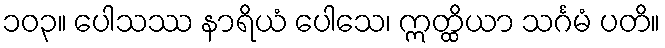
၁၀၃။ ပေါသဿ နာရိယံ ပေါသေ၊ ဣတ္ထိယာ သင်္ဂမံ ပတိ။